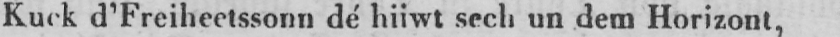
Kuck d’Freiheetssonn dé hiiwt sech un dem Horizont,